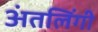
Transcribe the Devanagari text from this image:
अंतलिंगी